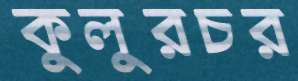
কুলুরচর